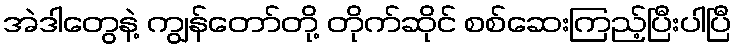
အဲဒါတွေနဲ့ ကျွန်တော်တို့ တိုက်ဆိုင် စစ်ဆေးကြည့်ပြီးပါပြီ